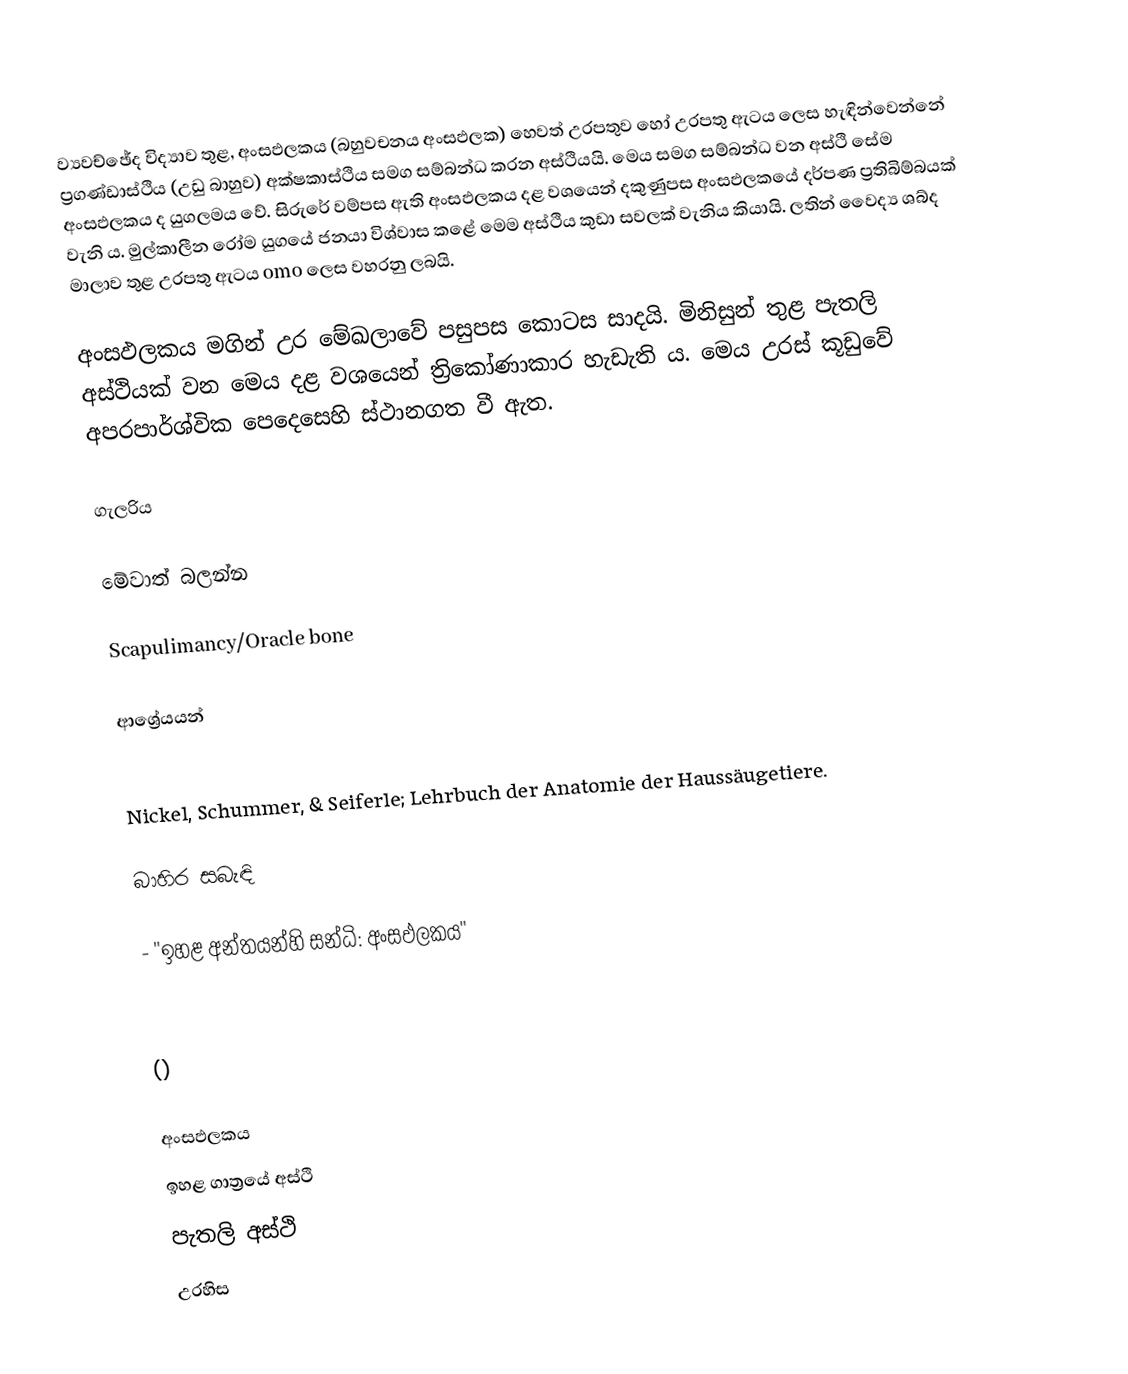
ව්‍යවච්ඡේද විද්‍යාව තුළ, අංසඵලකය (බහුවචනය අංසඵලක) හෙවත් උරපතුව හෝ උරපතු ඇටය ලෙස හැඳින්වෙන්නේ ප්‍රගණ්ඩාස්ථිය (උඩු බාහුව) අක්ෂකාස්ථිය සමග සම්බන්ධ කරන අස්ථියයි. මෙය සමග සම්බන්ධ වන අස්ථි සේම අංසඵලකය ද යුගලමය වේ. සිරුරේ වම්පස ඇති අංසඵලකය දළ වශයෙන් දකුණුපස අංසඵලකයේ දර්පණ ප්‍රතිබිම්බයක් වැනි ය. ‍මුල්කාලීන රෝම යුගයේ ජනයා විශ්වාස කළේ මෙම අස්ථිය කුඩා සවලක් වැනිය කියායි. ලතින් වෛද්‍ය ශබ්ද මාලාව තුළ උරපතු ඇටය omo ලෙස වහරනු ලබයි.

අංසඵලකය මගින් උර මේඛලාවේ පසුපස කොටස සාදයි. මිනිසුන් තුළ පැතලි අස්ථියක් වන මෙය දළ වශයෙන් ත්‍රිකෝණාකාර හැඩැති ය. මෙය උරස් කූඩුවේ අපරපාර්ශ්වික පෙදෙසෙහි ස්ථානගත වී ඇත.

ගැලරිය

මේවාත් බලන්න

 Scapulimancy/Oracle bone

ආශ්‍රේයයන්

 Nickel, Schummer, & Seiferle; Lehrbuch der Anatomie der Haussäugetiere.

බාහිර සබැඳි

  - "ඉහළ අන්තයන්හි සන්ධි: අංසඵලකය"

()

අංසඵලකය
ඉහළ ගාත්‍රයේ අස්ථි
පැතලි අස්ථි
උරහිස